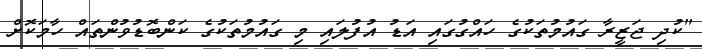
"ކުދި ޖަޒީރާ ގައުމުތަކުގެ ހައްގުގައި އަޑު އުފުލައި މި ގައުމުތަކުގެ ކަންބޮޑުވުންތައް ހާމަކޮށް